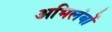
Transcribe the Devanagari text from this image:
अभिलंबों